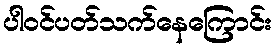
ပါဝင်ပတ်သက်နေကြောင်း